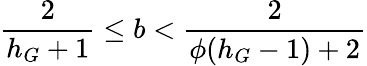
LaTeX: \frac{2}{h_{G}+1}\leq b<\frac{2}{\phi(h_{G}-1)+2}